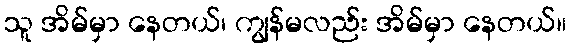
သူ အိမ်မှာ နေတယ်၊ ကျွန်မလည်း အိမ်မှာ နေတယ်။